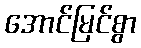
အောင်မြင်စွာ